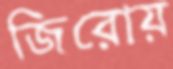
জিরোয়